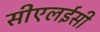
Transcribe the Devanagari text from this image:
सीएलईसी